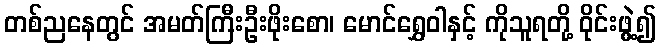
တစ်ညနေတွင် အမတ်ကြီးဦးဖိုးစော၊ မောင်ရွှေဝါနှင့် ကိုသူရတို့ ဝိုင်းဖွဲ့၍